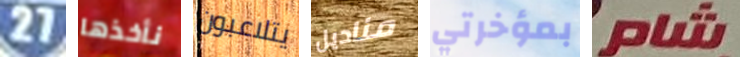
27 نأخذها يتلاعبون مناديل بمؤخرتي شام